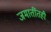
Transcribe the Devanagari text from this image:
जमातींतही